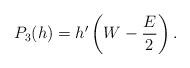
LaTeX: \begin{align*}P_3(h)=h'\left(W-\frac{E}{2}\right).\end{align*}